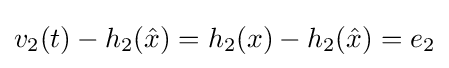
v_{2}(t)-h_{2}({\hat {x}})=h_{2}(x)-h_{2}({\hat {x}})=e_{2}